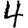
Digit: 4